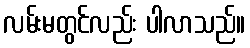
လမ်းမတွင်လည်း ပါလာသည်။